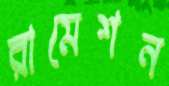
রামেশন